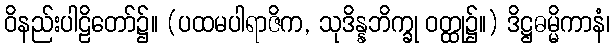
ဝိနည်းပါဠိတော်၌။ (ပထမပါရာဇိက, သုဒိန္နဘိက္ခု ဝတ္ထု၌။) ဒိဋ္ဌဓမ္မိကာနံ၊